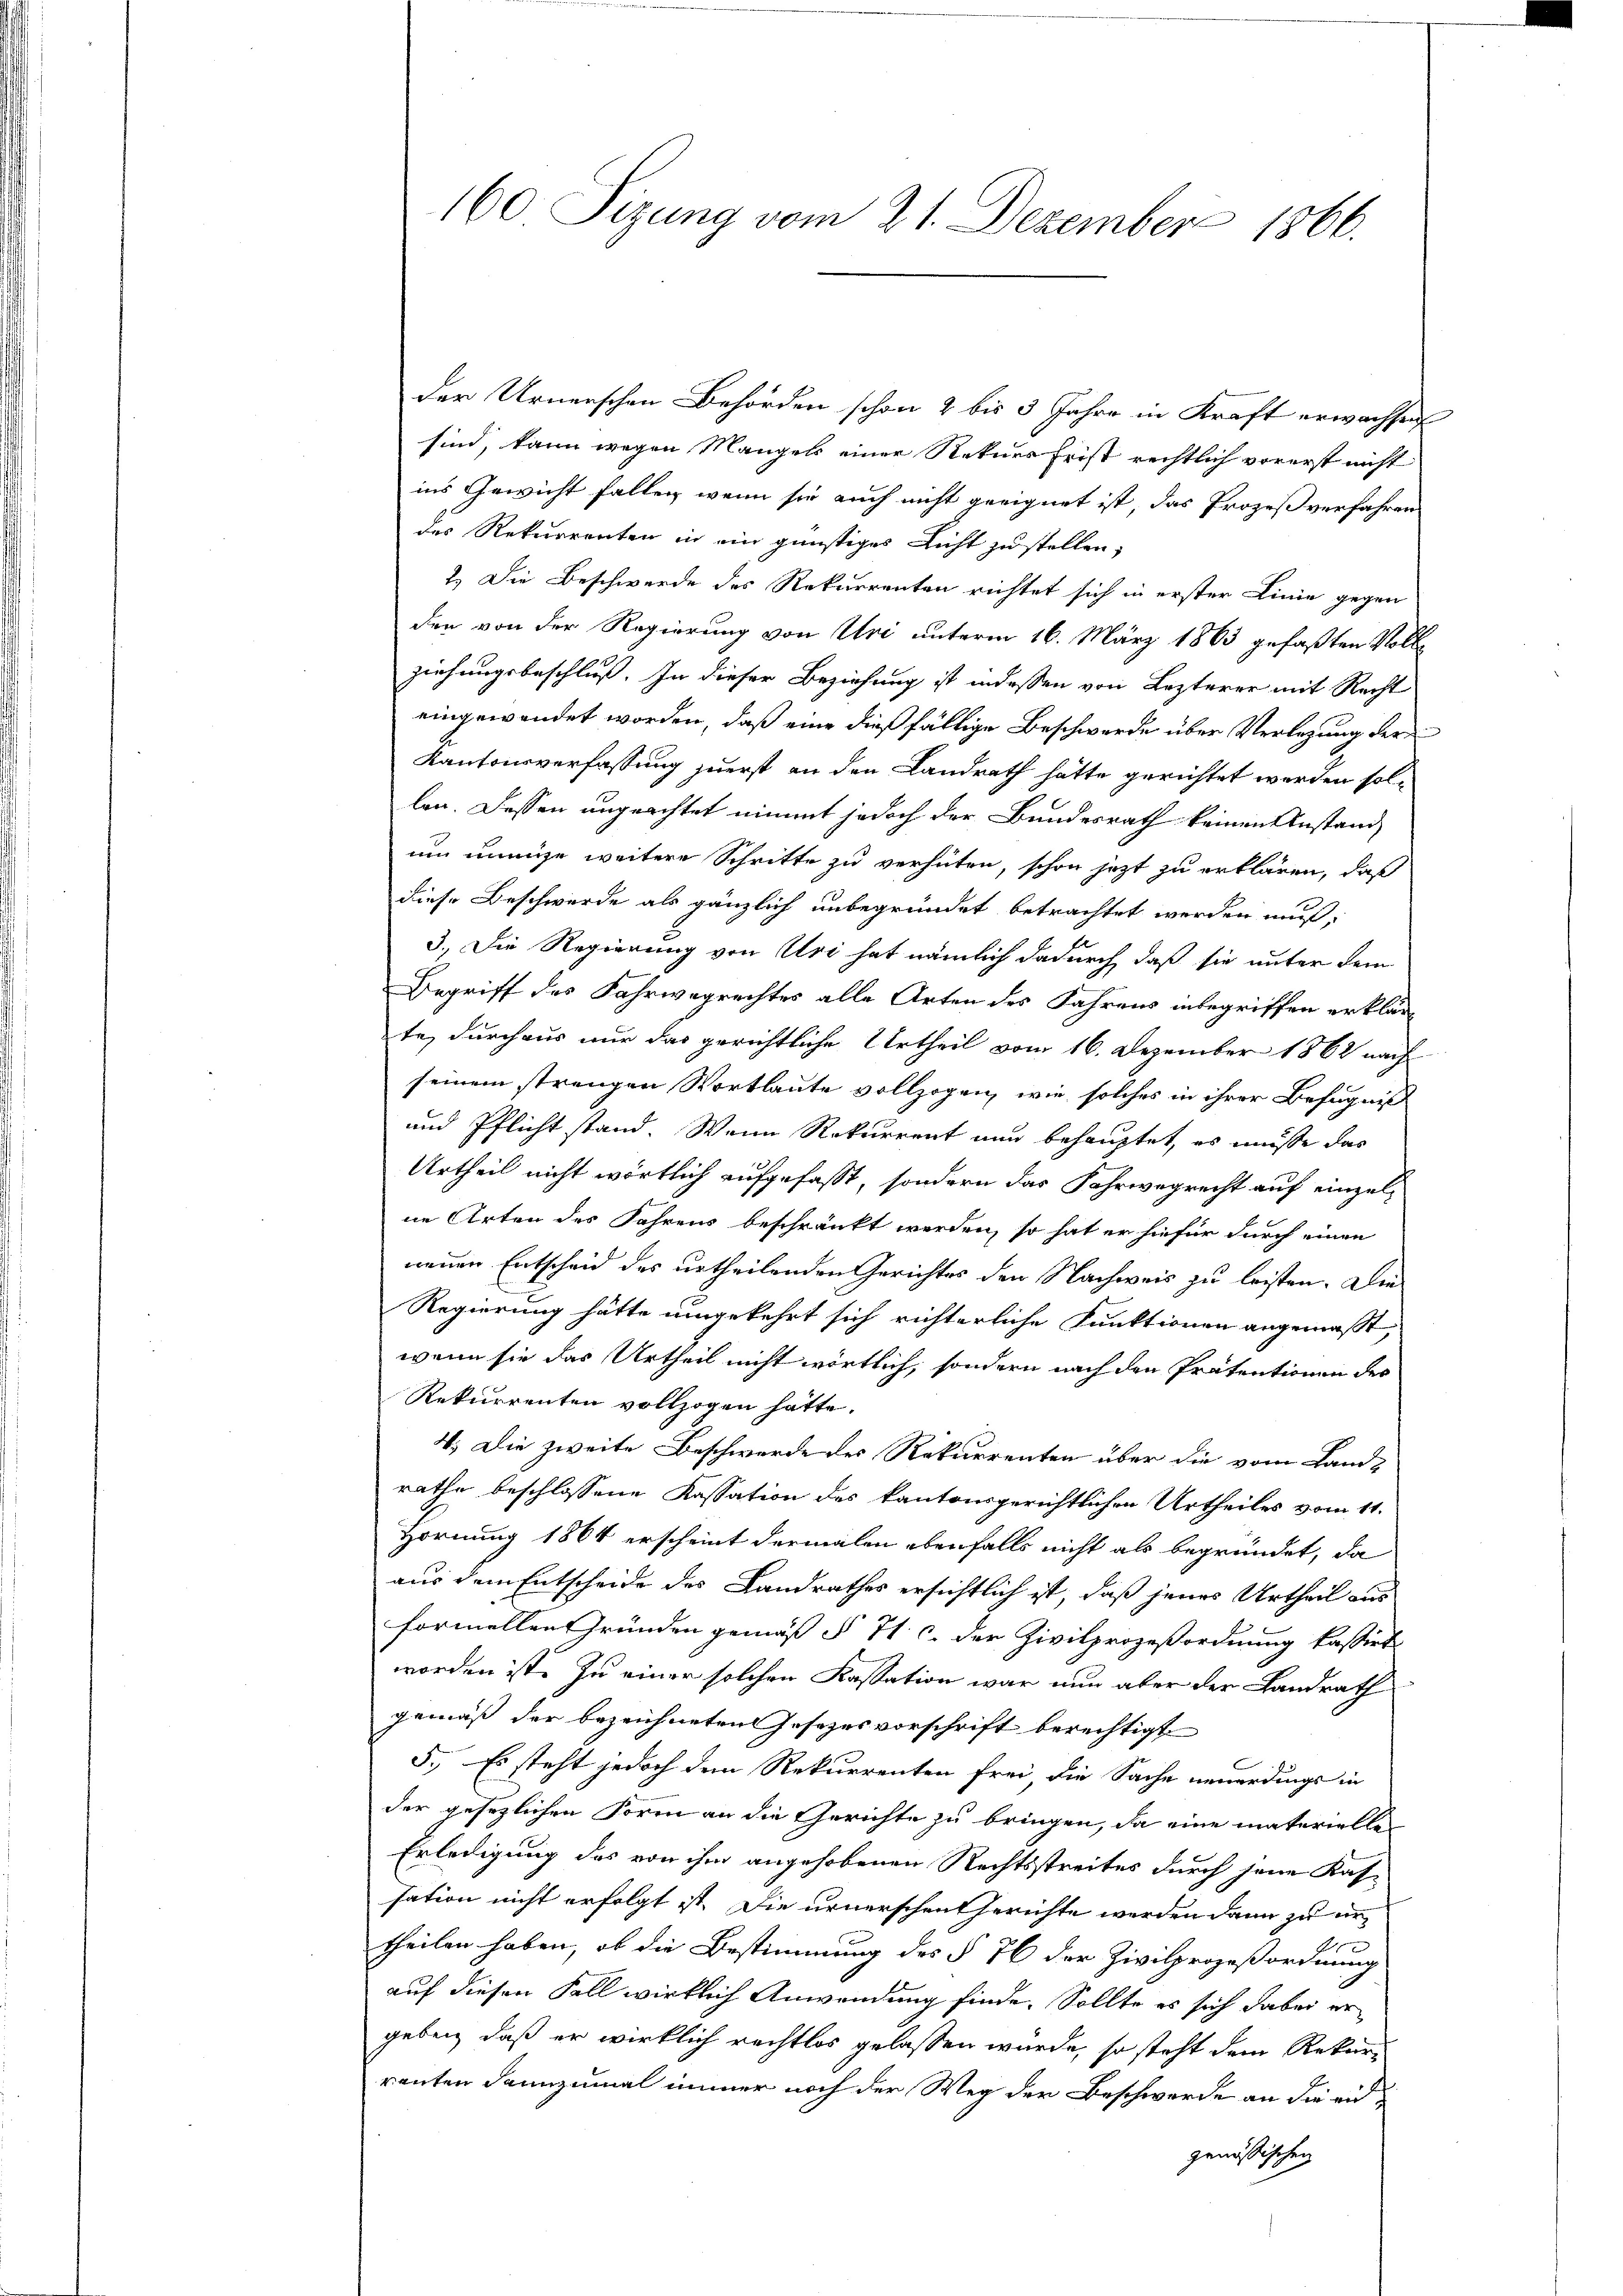
160 Sizung vom 21. Dezember 1866.

der Urnerschen Behörden schon 2 bis 3 Jahre in Kraft erwachsen
sind, kann wegen Mangels einer Rekurs Frist rechtlich vorerst nicht
ins Gewicht fallen, wenn sie auch nicht geeignet ist, das Prozeß verfahren
des Rekurrenten in ein günstiges Licht zu stellen,
2.) Die Beschwerde des Rekurrenten richtet sich in erster Linie gegen
den von der Regierung von Uri unterm 16. März 1863 gefaßten Vollziehungsbeschluß. In dieser Beziehung ist indessen von Lezterer mit Recht
eingewendet worden, daß eine dießfällige Beschwerde über Verlegung der
Kantonsverfassung zuerst an den Landrath hätte gerichtet werden sollen. Dessen ungeachtet nimmt jedoch der Bundesrath keinen Anstand
um innige weitere Schritte zu verhüten, schon jetzt zu erklären, daß
diese Beschwerde als gänzlich unbegründet betrachtet werden muß,
3.) Die Regierung von Uri hat nämlich dadurch, daß sie unter dem
Begriff des Fahrwegrechtes alle Arten des Jahrens inbegriffen erklär
te, durchaus nur das gerichtliche Urtheil vom 16. Dezember 1862 nach
seinem strengen Wortlaute vollzogen, wie solches in ihrer Befugniß
und Pflicht stand. Wenn Rekurrent nun behauptet, es müsse das
Urtheil nicht wörtlich aufgefaßt, sondern das Fahrwegrecht auf einzelne Arten des Jahrens beschränkt werden, so hat er hiefür durch einen
neuen Entscheid des urtheilenden Gerichtes den Nachweis zu leisten. Die
Regierung hätte umgekehrt sich richterliche Funktionen angemaßt,
wenn sie das Urtheil nicht wörtlich, sondern nach den Prätentionen des
Rekurrenten vollzogen hätte.
4. Die zweite Beschwerde des Rekurrenten über die vom Landrathe beschlossene Kassation des kantonsgerichtlichen Urtheiles vom 11.
Hornung 1864 erscheint dermalen ebenfalls nicht als begründet, da
aus dem Entscheide des Landrathes ersichtlich ist, daß jenes Urtheil aus
formellen Gründen gemäß § 71 c. der Zivilprozeßordnung kassirt
worden ist. Zu einer solchen Kassation war nun aber der Landrath
gemäß der bezeichneten Jesezesvorschrift berechtigt
5.) Es steht jedoch dem Rekurrenten frei, die Sache neuerdings in
der gesezlichen Form an die Gerichte zu bringen, da eine materiellen
Erledigung des von ihm angehobenen Rechtsstreites durch jene Kassation nicht erfolgt ist. Die urnerschen Gerichte werden dann zu er¬
A
theilen haben, ob die Bestimmung des § 76 der Zivilprozeßordnung
auf diesen Fall wirklich Anwendung finde. Sollte es sich dabei ergeben, daß er wirklich rechtlos gelassen würde, so steht dem Rekurrenten dannzumal immer noch der Weg der Beschwerde an die eigenössischen